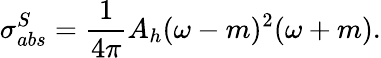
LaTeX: \sigma_{abs}^{S}=\frac{1}{4\pi}A_{h}(\omega-m)^{2}(\omega+m).